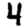
Digit: 4